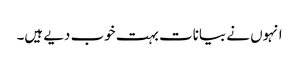
انہوں نے بیانات بہت خوب دیے ہیں۔